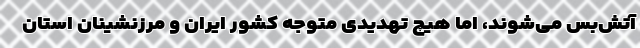
آتش‌بس می‌شوند، اما هیچ تهدیدی متوجه کشور ایران و مرزنشینان استان